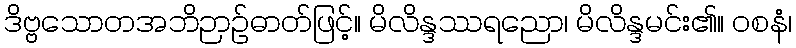
ဒိဗ္ဗသောတအဘိဉာဉ်ဓာတ်ဖြင့်။ မိလိန္ဒဿရညော၊ မိလိန္ဒမင်း၏။ ဝစနံ၊